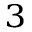
^ { 3 }